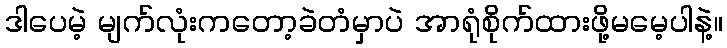
ဒါပေမဲ့ မျက်လုံးကတော့ခဲတံမှာပဲ အာရုံစိုက်ထားဖို့မမေ့ပါနဲ့။